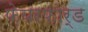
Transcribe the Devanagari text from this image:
फ़ेयरफ़ोर्ड